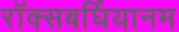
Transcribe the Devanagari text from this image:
रॉक्सबर्घियानम